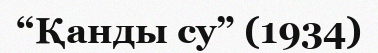
“Қанды су” (1934)